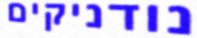
נודניקים